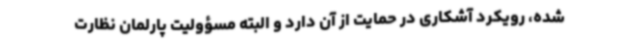
شده، رویکرد آشکاری در حمایت از آن دارد و البته مسؤولیت پارلمان نظارت